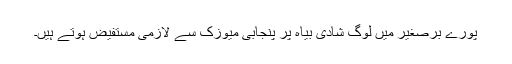
پورے برصغیر میں لوگ شادی بیاہ پر پنجابی میوزک سے لازمی مستفیض ہوتے ہیں۔